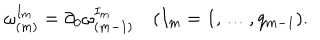
\omega _ { ( m ) } ^ { I _ { m } } = \partial _ { 0 } \omega _ { ( m - 1 ) } ^ { I _ { m } } \quad ( I _ { m } = 1 , \ldots , q _ { m - 1 } ) .